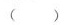
( )